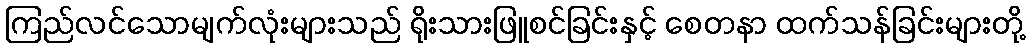
ကြည်လင်သောမျက်လုံးများသည် ရိုးသားဖြူစင်ခြင်းနှင့် စေတနာ ထက်သန်ခြင်းများတို့